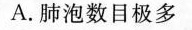
A.肺泡数目极多